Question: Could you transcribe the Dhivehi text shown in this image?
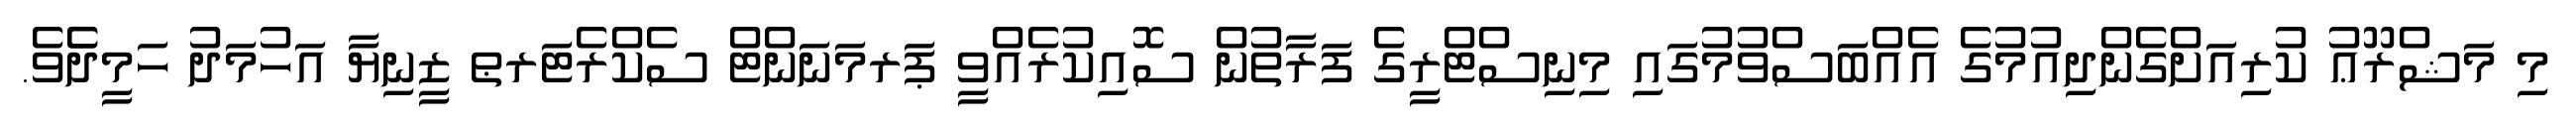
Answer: މި މަޝްރޫޢު ކުރިއަށްގެންދިއުމުގެ އެއްބަސްވުމުގައި މިނިސްޓްރީގެ ފަރާތުން ސޮއިކުރެއްވީ ޕަރމަނަންޓް ސެކްރެޓަރޠ ޒީނިޔާ އަހުމަދު ހަމީދެެވެ.